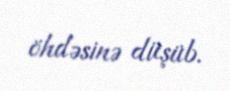
öhdəsinə düşüb.